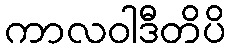
ကာလဝါဒီတိပိ